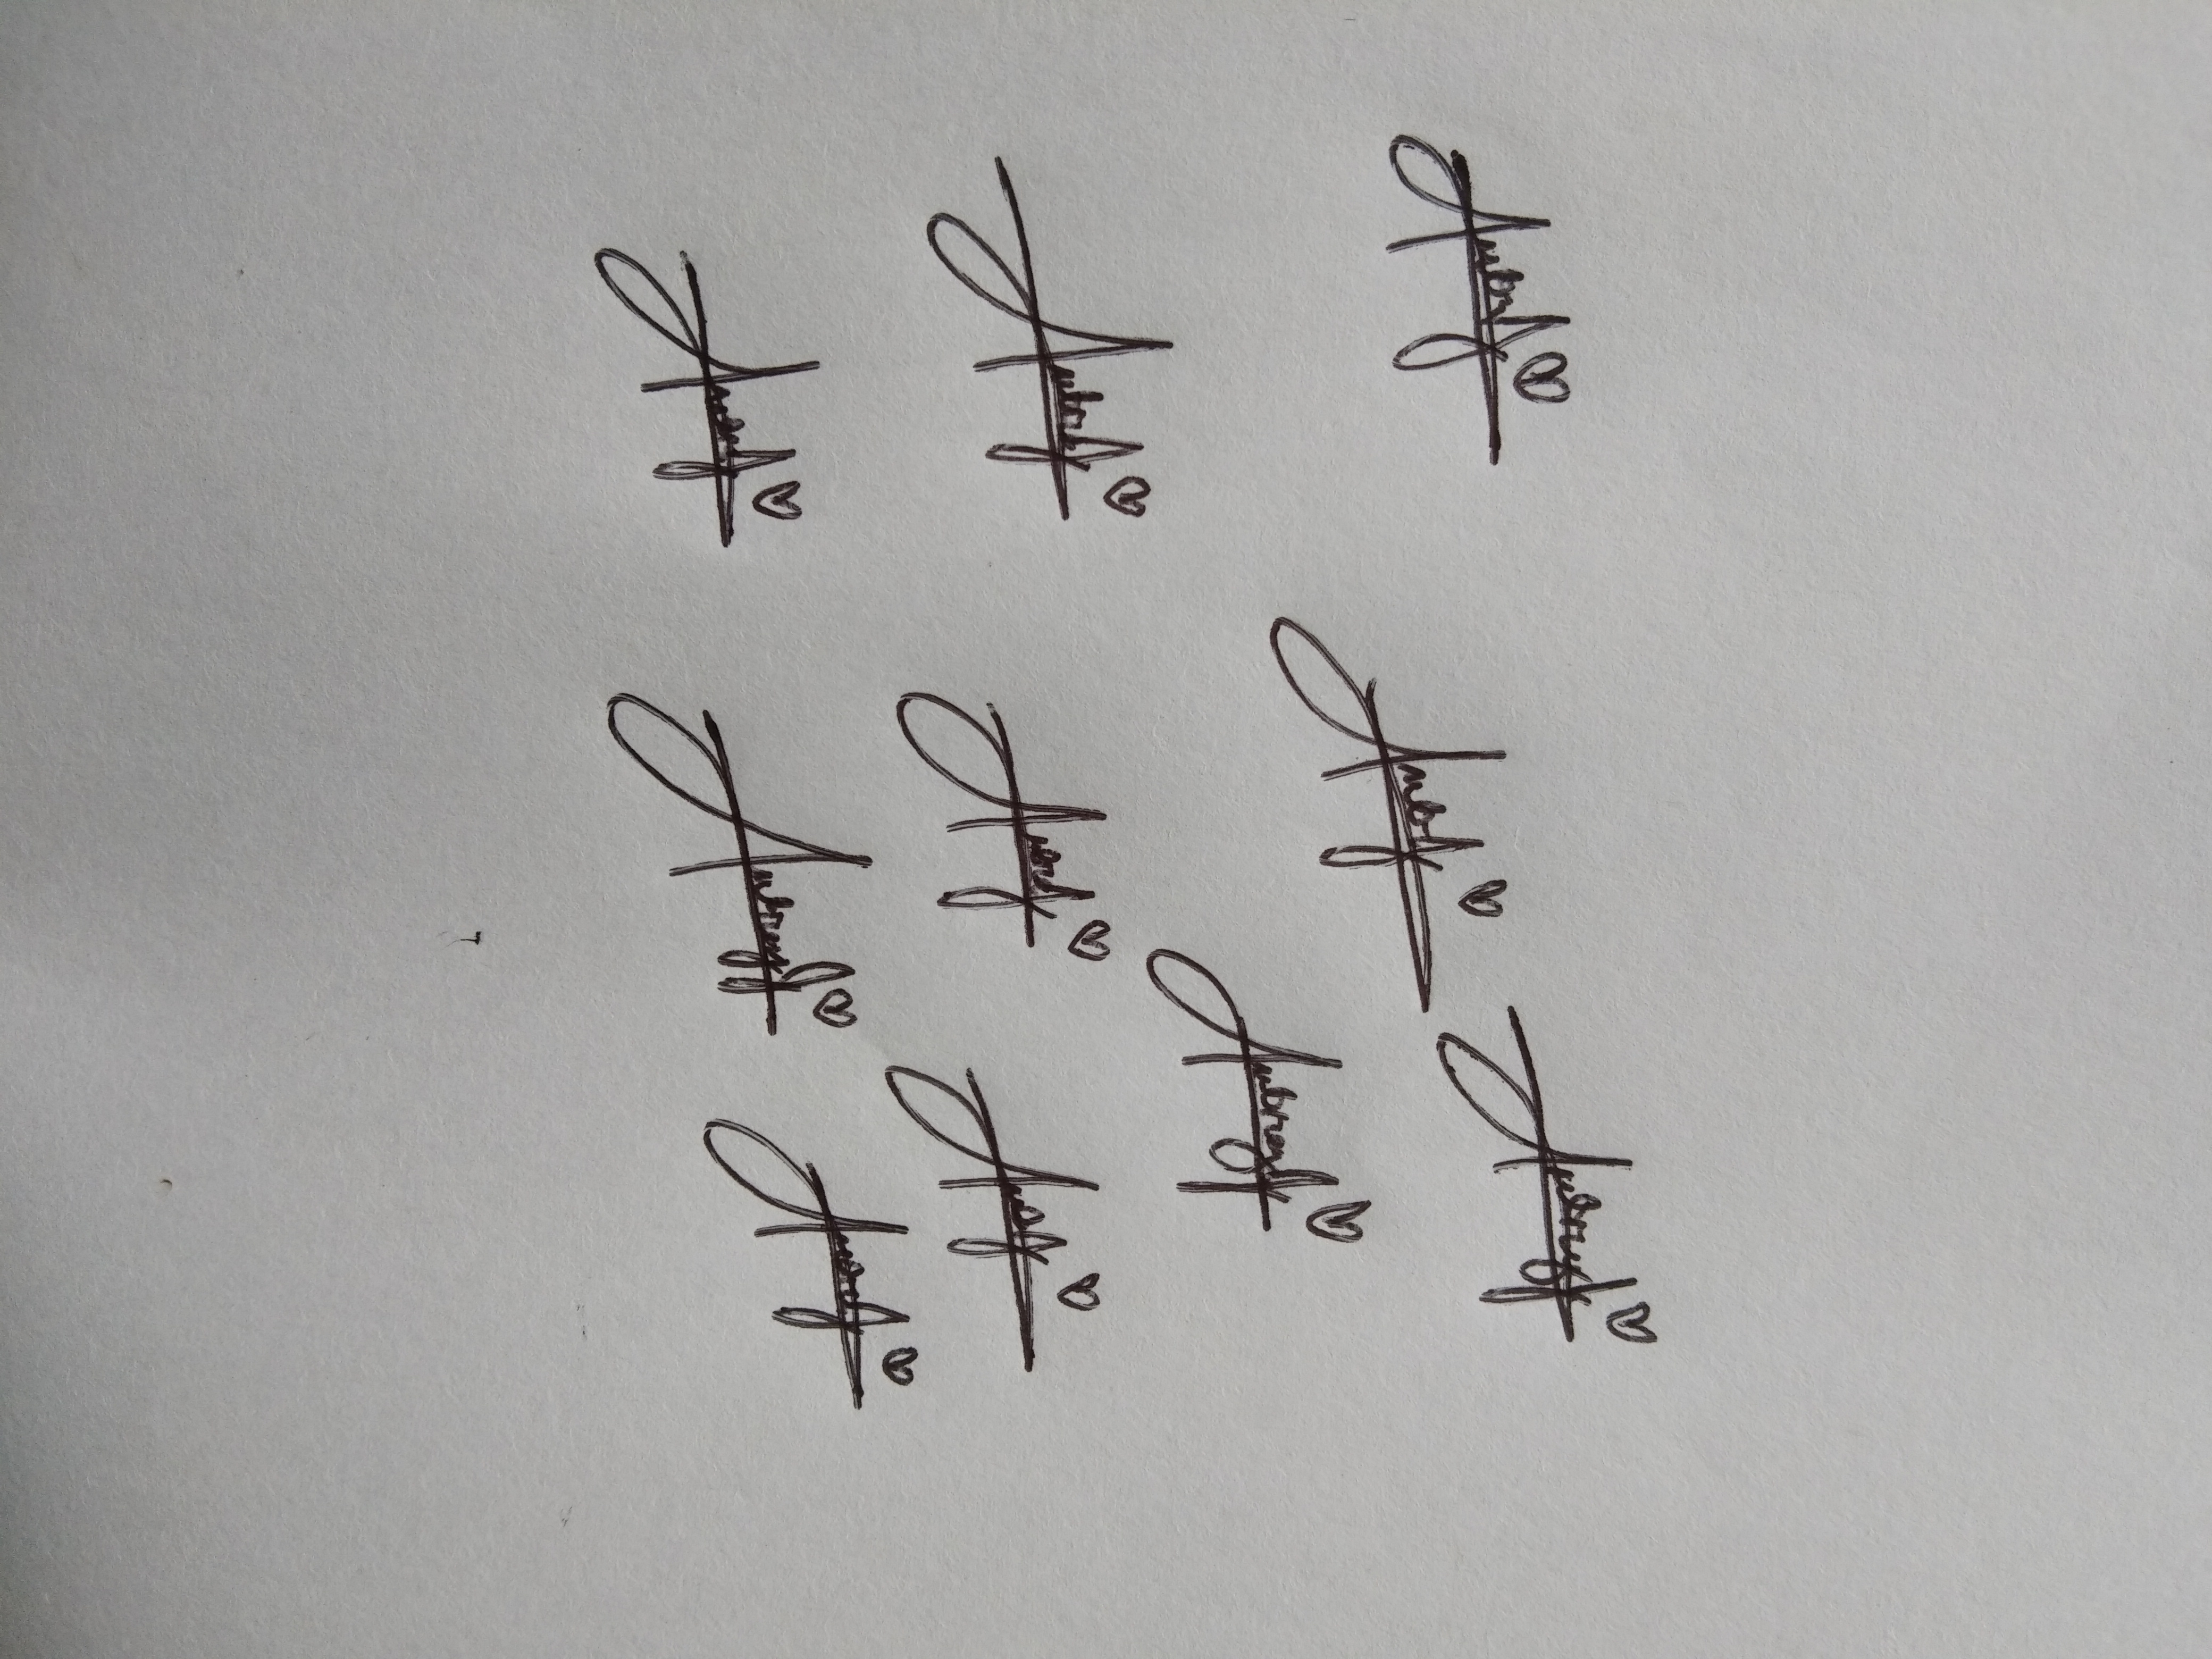
Signature authenticity: genuine